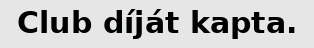
Club díját kapta.